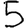
Digit: 5